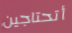
أتحتاجين